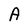
Character: A